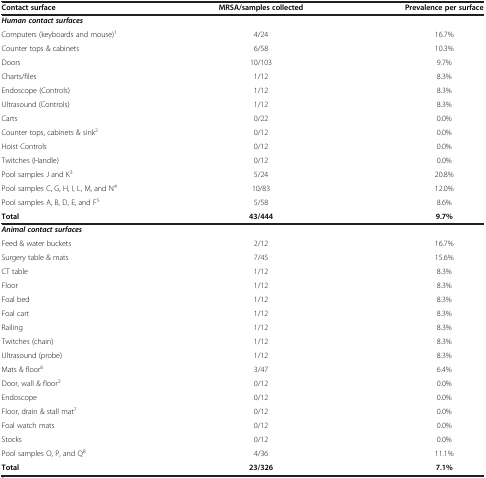
<table><thead><tr><td><b>Contact surface</b></td><td><b>MRSA/samples collected</b></td><td><b>Prevalence per surface</b></td></tr></thead><tbody><tr><td><b><i>Human contact surfaces</i></b></td><td>[EMPTY_CELL]</td><td>[EMPTY_CELL]</td></tr><tr><td>Computers (keyboards and mouse)<sup>1</sup></td><td>4/24</td><td>16.7%</td></tr><tr><td>Counter tops &amp; cabinets</td><td>6/58</td><td>10.3%</td></tr><tr><td>Doors</td><td>10/103</td><td>9.7%</td></tr><tr><td>Charts/files</td><td>1/12</td><td>8.3%</td></tr><tr><td>Endoscope (Controls)</td><td>1/12</td><td>8.3%</td></tr><tr><td>Ultrasound (Controls)</td><td>1/12</td><td>8.3%</td></tr><tr><td>Carts</td><td>0/22</td><td>0.0%</td></tr><tr><td>Counter tops, cabinets &amp; sink<sup>2</sup></td><td>0/12</td><td>0.0%</td></tr><tr><td>Hoist Controls</td><td>0/12</td><td>0.0%</td></tr><tr><td>Twitches (Handle)</td><td>0/12</td><td>0.0%</td></tr><tr><td>Pool samples J and K<sup>3</sup></td><td>5/24</td><td>20.8%</td></tr><tr><td>Pool samples C, G, H, I, L, M, and N<sup>4</sup></td><td>10/83</td><td>12.0%</td></tr><tr><td>Pool samples A, B, D, E, and F<sup>5</sup></td><td>5/58</td><td>8.6%</td></tr><tr><td><b>Total</b></td><td><b>43/444</b></td><td><b>9.7%</b></td></tr><tr><td><b><i>Animal contact surfaces</i></b></td><td>[EMPTY_CELL]</td><td>[EMPTY_CELL]</td></tr><tr><td>Feed &amp; water buckets</td><td>2/12</td><td>16.7%</td></tr><tr><td>Surgery table &amp; mats</td><td>7/45</td><td>15.6%</td></tr><tr><td>CT table</td><td>1/12</td><td>8.3%</td></tr><tr><td>Floor</td><td>1/12</td><td>8.3%</td></tr><tr><td>Foal bed</td><td>1/12</td><td>8.3%</td></tr><tr><td>Foal cart</td><td>1/12</td><td>8.3%</td></tr><tr><td>Railing</td><td>1/12</td><td>8.3%</td></tr><tr><td>Twitches (chain)</td><td>1/12</td><td>8.3%</td></tr><tr><td>Ultrasound (probe)</td><td>1/12</td><td>8.3%</td></tr><tr><td>Mats &amp; floor<sup>6</sup></td><td>3/47</td><td>6.4%</td></tr><tr><td>Door, wall &amp; floor<sup>2</sup></td><td>0/12</td><td>0.0%</td></tr><tr><td>Endoscope</td><td>0/12</td><td>0.0%</td></tr><tr><td>Floor, drain &amp; stall mat<sup>7</sup></td><td>0/12</td><td>0.0%</td></tr><tr><td>Foal watch mats</td><td>0/12</td><td>0.0%</td></tr><tr><td>Stocks</td><td>0/12</td><td>0.0%</td></tr><tr><td>Pool samples O, P, and Q<sup>8</sup></td><td>4/36</td><td>11.1%</td></tr><tr><td><b>Total</b></td><td><b>23/326</b></td><td><b>7.1%</b></td></tr></tbody></table>